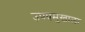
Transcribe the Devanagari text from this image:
उपप्रमुखाला